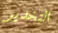
التخدير